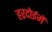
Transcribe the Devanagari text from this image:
हरदोईमें